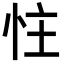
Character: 𪫬